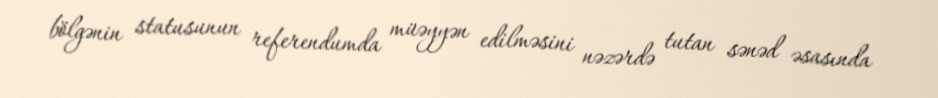
bölgənin statusunun referendumda müəyyən edilməsini nəzərdə tutan sənəd əsasında